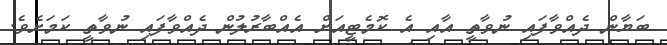
ބަޔާން ދެއްވާފައި ނުވާތީ އާއި އެ ކޮމެޓީއަށް އެއްބާރުލުން ދެއްވާފައި ނުވާތީ ކަމަށެވެ.